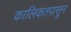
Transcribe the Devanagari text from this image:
कालिकतपासून